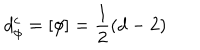
d _ { \phi } ^ { c } = \left[ \phi \right] = \frac { 1 } { 2 } \left( d - 2 \right)